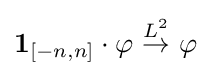
\mathbf {1} _{[-n,n]}\cdot \varphi \ {\stackrel {L^{2}}{\to }}\ \varphi